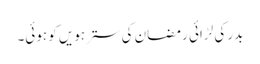
بدر کی لڑائی رمضان کی سترہویں کو ہوئی۔